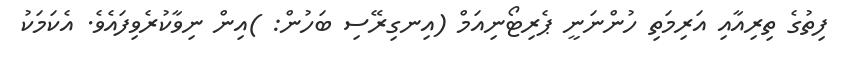
ފިތުގެ ތިރިއާއި އަރިމަތި ހުންނަނީ ޕެރިޓޯނިއަމް (އިނގިރޭސި ބަހުން: )އިން ނިވާކުރެވިފައެވެ. އެކަމަކު